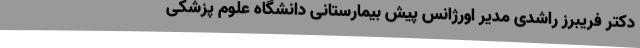
دکتر فریبرز راشدی مدیر اورژانس پیش بیمارستانی دانشگاه علوم پزشکی